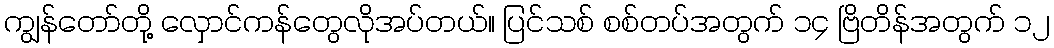
ကျွန်တော်တို့ လှောင်ကန်တွေလိုအပ်တယ်။ ပြင်သစ် စစ်တပ်အတွက် ၁၄ ဗြိတိန်အတွက် ၁၂